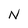
Character: N